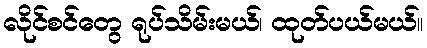
လိုင်စင်တွေ ရုပ်သိမ်းမယ်၊ ထုတ်ပယ်မယ်။